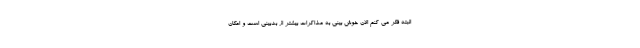
البته فکر می کنم الان خوش بینی به مذاکرات بیشتر از بدبینی است و‌ امکان